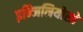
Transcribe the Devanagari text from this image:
इन्जिनियोसो